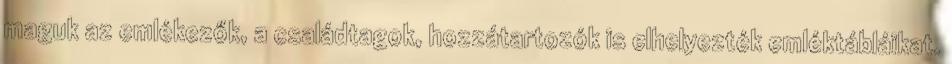
maguk az emlékezők, a családtagok, hozzátartozók is elhelyezték emléktábláikat.